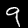
Label: 9